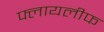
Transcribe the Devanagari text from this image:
फ्लायलीफ